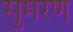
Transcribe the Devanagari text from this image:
सुमरण